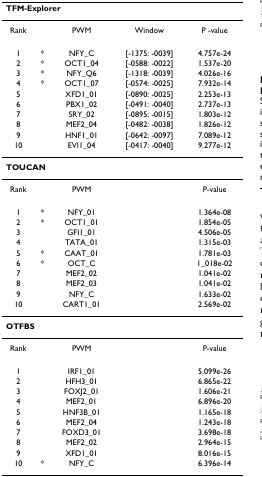
<table><thead><tr><td colspan="5"><b>TFM-Explorer</b></td></tr></thead><tbody><tr><td>Rank</td><td></td><td>PWM</td><td>Window</td><td>P -value</td></tr><tr><td>1</td><td>*</td><td>NFY_C</td><td>[-1375: -0039]</td><td>4.757e-24</td></tr><tr><td>2</td><td>*</td><td>OCT1_04</td><td>[-0588: -0022]</td><td>1.537e-20</td></tr><tr><td>3</td><td>*</td><td>NFY_Q6</td><td>[-1318: -0039]</td><td>4.026e-16</td></tr><tr><td>4</td><td>*</td><td>OCT1_07</td><td>[-0574: -0025]</td><td>7.932e-14</td></tr><tr><td>5</td><td></td><td>XFD1_01</td><td>[-0890: -0025]</td><td>2.253e-13</td></tr><tr><td>6</td><td></td><td>PBX1_02</td><td>[-0491: -0040]</td><td>2.737e-13</td></tr><tr><td>7</td><td></td><td>SRY_02</td><td>[-0895: -0015]</td><td>1.803e-12</td></tr><tr><td>8</td><td></td><td>MEF2_04</td><td>[-0482: -0038]</td><td>1.826e-12</td></tr><tr><td>9</td><td></td><td>HNF1_01</td><td>[-0642: -0097]</td><td>7.089e-12</td></tr><tr><td>10</td><td></td><td>EVI1_04</td><td>[-0417: -0040]</td><td>9.277e-12</td></tr><tr><td colspan="5"><b>TOUCAN</b></td></tr><tr><td>Rank</td><td></td><td>PWM</td><td></td><td>P-value</td></tr><tr><td>1</td><td>*</td><td>NFY_01</td><td></td><td>1.364e-08</td></tr><tr><td>2</td><td>*</td><td>OCT1_01</td><td></td><td>1.854e-05</td></tr><tr><td>3</td><td></td><td>GFI1_01</td><td></td><td>4.506e-05</td></tr><tr><td>4</td><td></td><td>TATA_01</td><td></td><td>1.315e-03</td></tr><tr><td>5</td><td>*</td><td>CAAT_01</td><td></td><td>1.781e-03</td></tr><tr><td>6</td><td>*</td><td>OCT_C</td><td></td><td>1_018e-02</td></tr><tr><td>7</td><td></td><td>MEF2_02</td><td></td><td>1.041e-02</td></tr><tr><td>8</td><td></td><td>MEF2_03</td><td></td><td>1.041e-02</td></tr><tr><td>9</td><td></td><td>NFY_C</td><td></td><td>1.633e-02</td></tr><tr><td>10</td><td></td><td>CART1_01</td><td></td><td>2.569e-02</td></tr><tr><td colspan="5"><b>OTFBS</b></td></tr><tr><td>Rank</td><td></td><td>PWM</td><td></td><td>P-value</td></tr><tr><td>1</td><td></td><td>IRF1_01</td><td></td><td>5.099e-26</td></tr><tr><td>2</td><td></td><td>HFH3_01</td><td></td><td>6.865e-22</td></tr><tr><td>3</td><td></td><td>FOXJ2_01</td><td></td><td>1.606e-21</td></tr><tr><td>4</td><td></td><td>MEF2_01</td><td></td><td>6.896e-20</td></tr><tr><td>5</td><td></td><td>HNF3B_01</td><td></td><td>1.165e-18</td></tr><tr><td>6</td><td></td><td>MEF2_04</td><td></td><td>1.243e-18</td></tr><tr><td>7</td><td></td><td>FOXD3_01</td><td></td><td>3.698e-18</td></tr><tr><td>8</td><td></td><td>MEF2_02</td><td></td><td>2.964e-15</td></tr><tr><td>9</td><td></td><td>XFD1_01</td><td></td><td>8.016e-15</td></tr><tr><td>10</td><td>*</td><td>NFY_C</td><td></td><td>6.396e-14</td></tr></tbody></table>